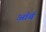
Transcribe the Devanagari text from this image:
ऑर्ब